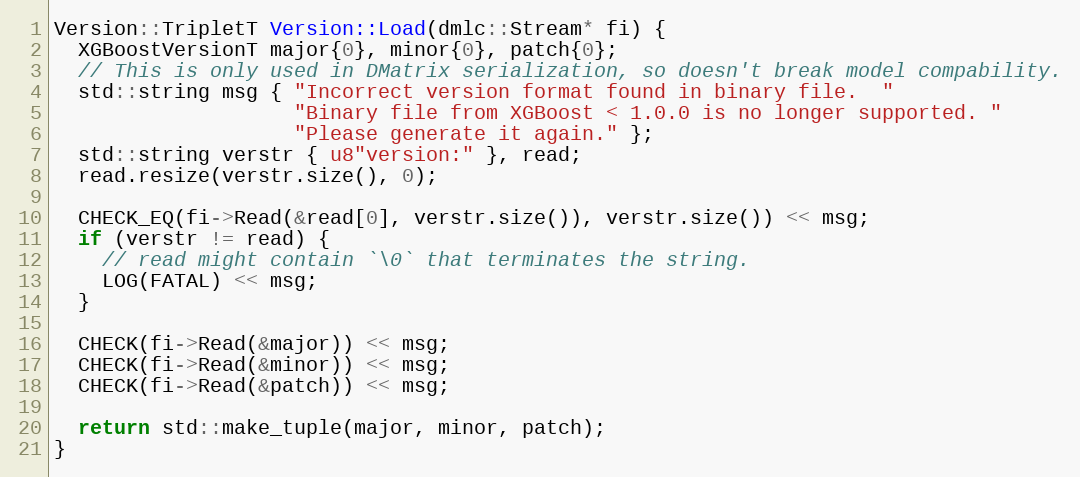
Language: C++
Version::TripletT Version::Load(dmlc::Stream* fi) {
  XGBoostVersionT major{0}, minor{0}, patch{0};
  // This is only used in DMatrix serialization, so doesn't break model compability.
  std::string msg { "Incorrect version format found in binary file.  "
                    "Binary file from XGBoost < 1.0.0 is no longer supported. "
                    "Please generate it again." };
  std::string verstr { u8"version:" }, read;
  read.resize(verstr.size(), 0);

  CHECK_EQ(fi->Read(&read[0], verstr.size()), verstr.size()) << msg;
  if (verstr != read) {
    // read might contain `\0` that terminates the string.
    LOG(FATAL) << msg;
  }

  CHECK(fi->Read(&major)) << msg;
  CHECK(fi->Read(&minor)) << msg;
  CHECK(fi->Read(&patch)) << msg;

  return std::make_tuple(major, minor, patch);
}